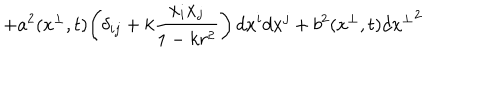
LaTeX: + a ^ { 2 } ( x ^ { \perp } , t ) \! \left( \delta _ { i j } + k \frac { x _ { i } x _ { j } } { 1 - k r ^ { 2 } } \right) d x ^ { i } d x ^ { j } + b ^ { 2 } ( x ^ { \perp } , t ) d { x ^ { \perp } } ^ { 2 }